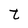
Character: t